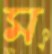
ম